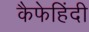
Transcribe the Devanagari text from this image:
कैफेहिंदी